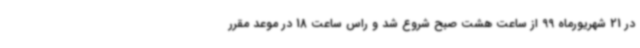
در 21 شهریورماه 99 از ساعت هشت صبح شروع شد و راس ساعت 18 در موعد مقرر